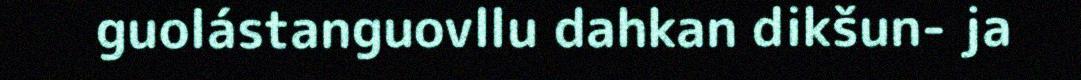
guolástanguovllu dahkan dikšun- ja